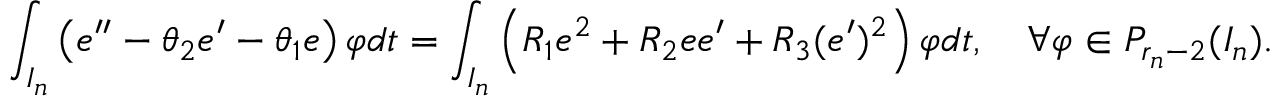
\begin{array} { r } { \displaystyle \int _ { I _ { n } } \left( e ^ { \prime \prime } - \theta _ { 2 } e ^ { \prime } - \theta _ { 1 } e \right) \varphi d t = \displaystyle \int _ { I _ { n } } \left( R _ { 1 } e ^ { 2 } + R _ { 2 } e e ^ { \prime } + R _ { 3 } ( e ^ { \prime } ) ^ { 2 } \right) \varphi d t , \quad \forall \varphi \in P _ { r _ { n } - 2 } ( I _ { n } ) . } \end{array}